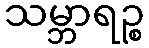
သမ္ဘာရဉ္စ